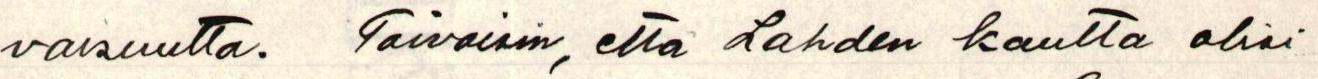
vaisuutta. Toivoisin, että Lahden kautta olisi